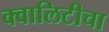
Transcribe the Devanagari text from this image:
क्वालिटीचा